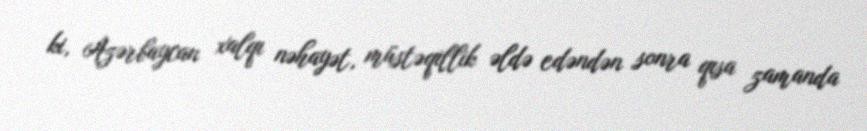
ki, Azərbaycan xalqı nəhayət, müstəqillik əldə edəndən sonra qısa zamanda